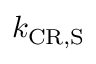
k _ { \mathrm { C R } , \ensuremath { \mathrm { S } } }